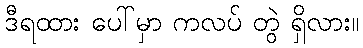
ဒီရထား ပေါ်မှာ ကလပ် တွဲ ရှိလား။